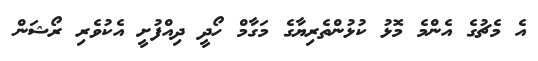
އެ މެޗުގެ އެންމެ މޮޅު ކުޅުންތެރިޔާގެ މަގާމް ހޯދީ ދިއްފުށީ އެކުވެރި ރޯޝަން